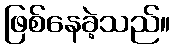
ဖြစ်နေခဲ့သည်။